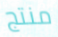
منتج